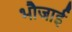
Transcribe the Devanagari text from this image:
भौजाई